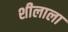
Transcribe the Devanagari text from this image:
शीलाला